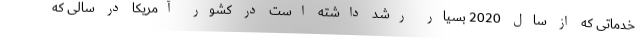
خدماتی که از سال 2020 بسیار رشد داشته است در کشور آمریکا در سالی که